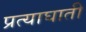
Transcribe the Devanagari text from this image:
प्रत्याघाती